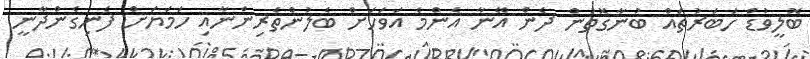
ބޮލީވުޑް ހަބަރުތައް ބުނާގޮތުން ދެން އޭނާ އެންމެ އަވަހަށް ބެލުންތެރިންނާއި ހަމަޔަށް ފެނިގެންދާނީ